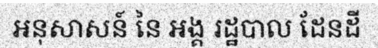
អនុសាសន៍ នៃ អង្គ រដ្ឋបាល ដែនដី